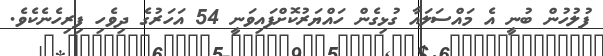
ފުލުހުން ބުނީ އެ މައްސަލައާ ގުޅިގެން ހައްޔަރުކޮށްފައިވަނީ 54 އަހަރުގެ ދިވެހި ފިރިހެނެކެވެ.